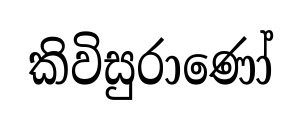
කිවිසුරාණෝ